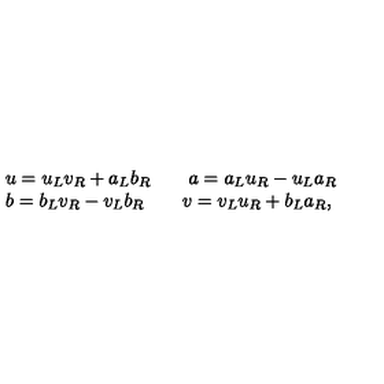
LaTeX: \begin{array} { l } { u = u _ { L } v _ { R } + a _ { L } b _ { R } \qquad a = a _ { L } u _ { R } - u _ { L } a _ { R } } \\ { b = b _ { L } v _ { R } - v _ { L } b _ { R } \qquad v = v _ { L } u _ { R } + b _ { L } a _ { R } , } \\ \end{array}